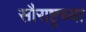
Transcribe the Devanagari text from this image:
सौराष्ट्रच्या